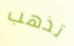
تذهب